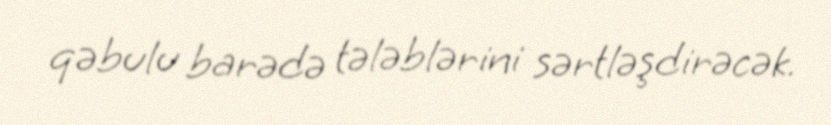
qəbulu barədə tələblərini sərtləşdirəcək.